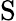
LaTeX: \mathrm{S}